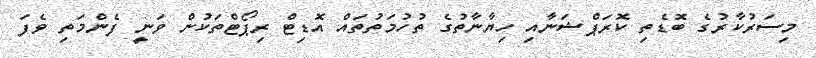
މިސަރުކާރުގެ ބޮޑެތި ކޮރަޕްޝަނާއި ހިޔާނާތުގެ ތުހުމަތުތައް އޮޑިޓް ރިޕޯޓްތަކުން ވަނީ ފެންމަތި ވެފަ